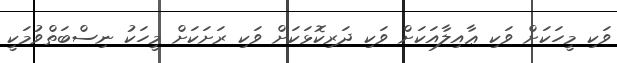
ވަކި މީހަކަށް ވަކި ޢާއިލާއަކަށް ވަކި ދަރިކޮޅަކަށް ވަކި ރަށަކަށް މީހަކު ނިސްބަތްވުމަކީ